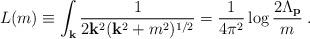
\begin{align*}L(m) \equiv \int_{\bf k} \frac{1}{2{\bf k}^2 ({\bf k}^2+m^2)^{1/2}}=\frac{1}{4\pi^2}\log\frac{2\Lambda_{\bf p}}{m}\;.\end{align*}